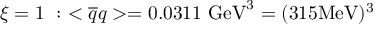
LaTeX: \xi = { 1 } \ : \ < { \overline { { q } } } q > = 0 . 0 3 1 1 \ \mathrm { G e V } ^ { 3 } = ( 3 1 5 \mathrm { M e V } ) ^ { 3 }